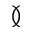
\between